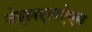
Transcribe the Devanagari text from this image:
जेएलएलऐएम